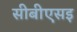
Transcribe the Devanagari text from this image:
सीबीएसइ